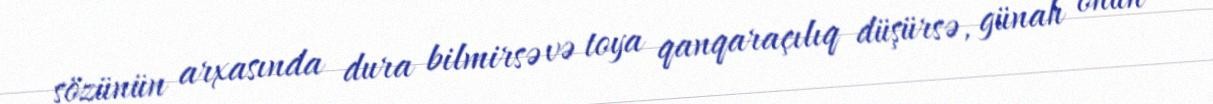
sözünün arxasında dura bilmirsə və toya qanqaraçılıq düşürsə, günah onun